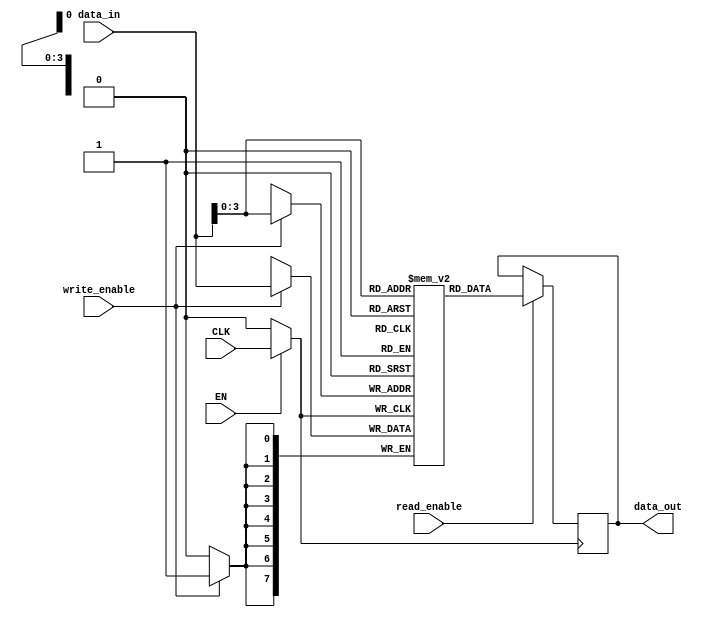
module dynamic_clock_gating (
    input wire CLK,         // Primary clock signal
    input wire EN,          // Enable signal
    input wire [7:0] data_in, // Data input for memory block
    input wire write_enable, // Write enable signal
    input wire read_enable,  // Read enable signal
    output reg [7:0] data_out // Data output from memory block
);

    // Gated clock signal
    wire GCLK;

    // Gating logic: GCLK is CLK when EN is high, otherwise it's 0
    assign GCLK = EN ? CLK : 1'b0;

    // Memory block (simple register array for demonstration)
    reg [7:0] memory [0:15]; // 16 x 8-bit memory

    // Memory block operation
    always @(posedge GCLK) begin
        if (write_enable) begin
            // Write operation
            memory[data_in[3:0]] <= data_in; // Use lower 4 bits of data_in as address
        end
        if (read_enable) begin
            // Read operation
            data_out <= memory[data_in[3:0]]; // Use lower 4 bits of data_in as address
        end
    end

endmodule